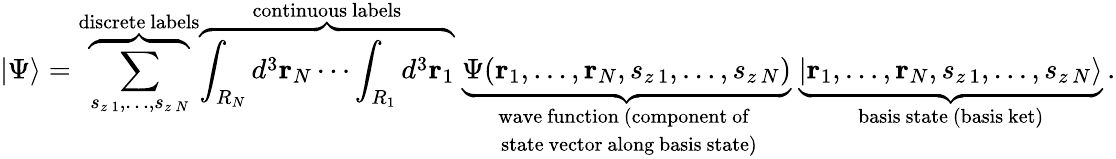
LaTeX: |\Psi\rangle=\overbrace{\sum_{s_{z\, 1},\ldots,s_{z\, N}}}^{\mathrm{discrete~labels}}\overbrace{\int_{R_{N}}d^{3}\mathbf{r}_{N}\cdots\int_{R_{1}}d^{3}\mathbf{r}_{1}}^{\mathrm{continuous~labels}}\; \underbrace{{\Psi}(\mathbf{r}_{1},\ldots,\mathbf{r}_{N},s_{z\, 1},\ldots,s_{z\, N})}_{\begin{array}{c}{{\mathrm{wave~function~(component~of~}}}\\ {{\mathrm{~state~vector~along~basis~state)}}}\end{array}}\; \underbrace{|\mathbf{r}_{1},\ldots,\mathbf{r}_{N},s_{z\, 1},\ldots,s_{z\, N}\rangle}_{\mathrm{basis~state~(basis~ket)}}\, .